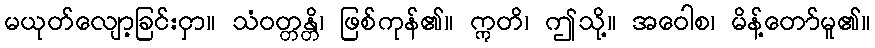
မယုတ်လျော့ခြင်းငှာ။ သံဝတ္တန္တိ၊ ဖြစ်ကုန်၏။ ဣတိ၊ ဤသို့။ အဝေါစ၊ မိန့်တော်မူ၏။